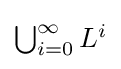
{\textstyle \bigcup _{i=0}^{\infty }L^{i}}